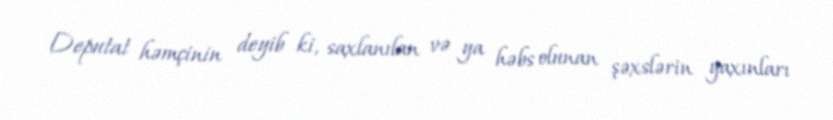
Deputat həmçinin deyib ki, saxlanılan və ya həbs olunan şəxslərin yaxınları